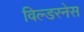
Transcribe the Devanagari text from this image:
विल्डरनेस